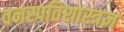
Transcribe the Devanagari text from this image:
वनस्पतिशास्त्रज्ञ